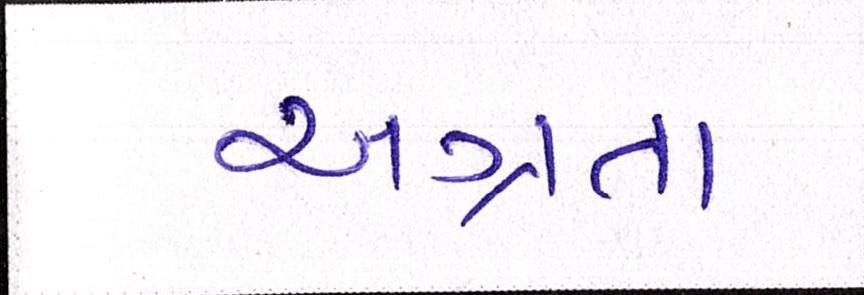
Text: અગ્રતા